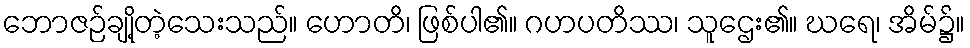
ဘောဇဉ်ချို့တဲ့သေးသည်။ ဟောတိ၊ ဖြစ်ပါ၏။ ဂဟပတိဿ၊ သူဌေး၏။ ဃရေ၊ အိမ်၌။